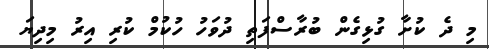
މި ދެ ކުށާ ގުޅިގެން ބުރާސްފަތި ދުވަހު ހުކުމް ކުރި އިރު މިދިޔަ